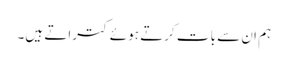
ہم ان سے بات کرتے ہوئے کتراتے ہیں۔